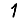
Digit: 1